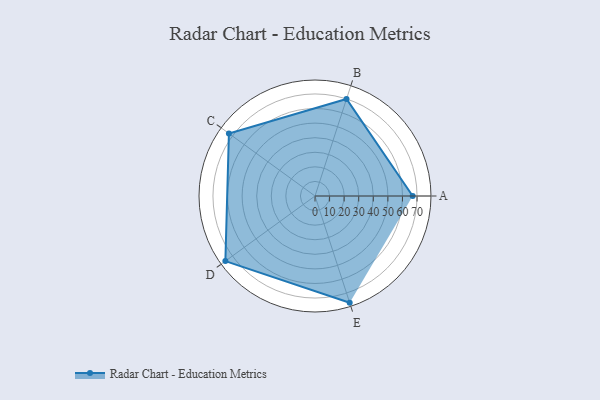
{"axis": {"x": "Skill", "y": "Score"}, "legend": ["Profile"], "data": [{"x": "A", "y": 67.0, "type": "Profile"}, {"x": "B", "y": 70.0, "type": "Profile"}, {"x": "C", "y": 73.0, "type": "Profile"}, {"x": "D", "y": 76.0, "type": "Profile"}, {"x": "E", "y": 77.0, "type": "Profile"}]}